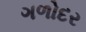
ગળોદર